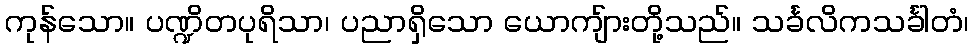
ကုန်သော။ ပဏ္ဍိတပုရိသာ၊ ပညာရှိသော ယောကျ်ားတို့သည်။ သင်္ခလိကသင်္ခါတံ၊